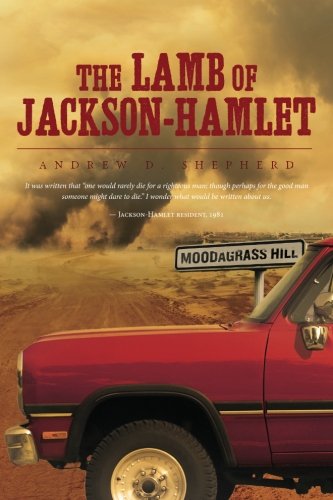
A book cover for The Lamb of Jackson-Hamlet; Andrew D Shepherd; Literature & Fiction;